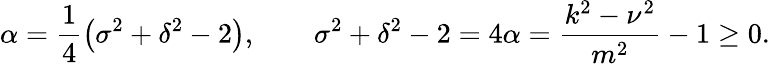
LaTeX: \alpha=\frac{1}{4}\left(\sigma^{2}+\delta^{2}-2\right),\qquad\sigma^{2}+\delta^{2}-2=4\alpha=\frac{k^{2}-\nu^{2}}{m^{2}}-1\ge 0.